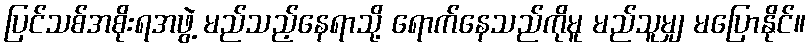
ပြင်သစ်အစိုးရအဖွဲ့ မည်သည့်နေရာသို့ ရောက်နေသည်ကိုမူ မည်သူမျှ မပြောနိုင်။